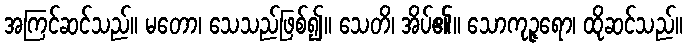
အကြင်ဆင်သည်။ မတော၊ သေသည်ဖြစ်၍။ သေတိ၊ အိပ်၏။ သောကုဉ္ဇရော၊ ထိုဆင်သည်။